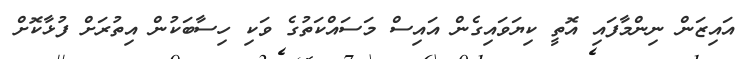
އައިޒަން ނިންމާފައި އޮތީ ކިޔަވައިގެން އައިސް މަސައްކަތުގެ ވަކި ހިސާބަކުން އިތުރަށް ފުޅާކޮށް